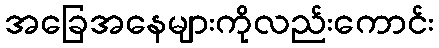
အခြေအနေများကိုလည်းကောင်း